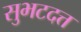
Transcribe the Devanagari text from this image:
सुभटदत्त